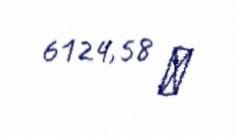
6124,58 ₼